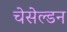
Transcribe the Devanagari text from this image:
चेसेल्डन